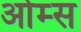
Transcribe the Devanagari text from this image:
ओम्स